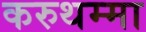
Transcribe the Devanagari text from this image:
करुथम्मा